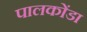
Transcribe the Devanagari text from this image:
पालकोंडा